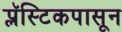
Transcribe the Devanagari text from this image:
प्लॅस्टिकपासून